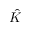
\hat { K }